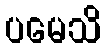
ပမေသိ